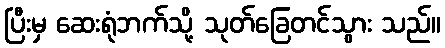
ပြီးမှ ဆေးရုံဘက်သို့ သုတ်ခြေတင်သွား သည်။